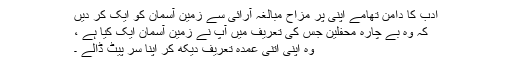
ادب کا دامن تھامے اپنی پر مزاح مبالغہ آرائی سے زمین آسمان کو ایک کر دیں
کہ وہ بے چارہ محفلین جس کی تعریف میں آپ نے زمین آسمان ایک کیا ہے ،
وہ اپنی اتنی عمدہ تعریف دیکھ کر اپنا سر پیٹ ڈالے ۔